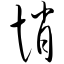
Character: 悄